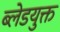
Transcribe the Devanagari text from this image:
ब्लेडयुक्त